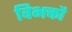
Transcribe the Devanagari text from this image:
विभक्तौ